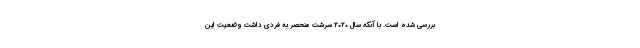
بررسی شده است. با آنکه سال ۲۰۲۰ سرشت منحصر به فردی داشت وضعیت این